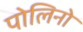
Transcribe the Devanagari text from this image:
पोलिनो